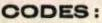
CODES: